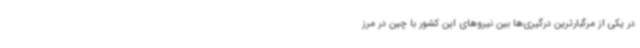
در یکی از مرگبارترین درگیری‌ها بین نیروهای این کشور با چین در مرز